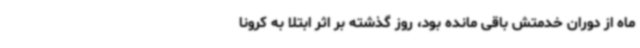
ماه از دوران خدمتش باقی مانده بود، روز گذشته بر اثر ابتلا به کرونا